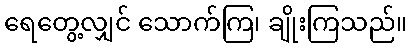
ရေတွေ့လျှင် သောက်ကြ၊ ချိုးကြသည်။